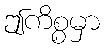
ဤကိစ္စမှာ